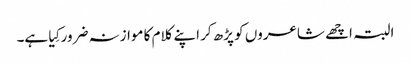
البتہ اچھے شاعروں کو پڑھ کر اپنے کلام کا موازنہ ضرور کِیا ہے۔